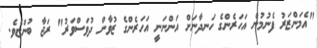
"އެމަންޒަރު ފެނުމުން އަހަރެންގެ ހަނދާނަށް އަންނަނީ އަހަރެންގެ ޒުވާން ދުވަސްވަރު" ރަޖާ ބުންޏެވެ.